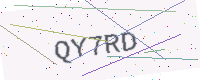
Text: QY7RD